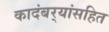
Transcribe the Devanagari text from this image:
कादंबर्‍यांसहित